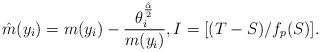
LaTeX: \begin{align*}\hat m(y_i) = m(y_i) - \frac{\theta_i^{\frac{\hat\alpha}{2}}}{m(y_i)}, I = [(T-S)/f_p(S)].\end{align*}